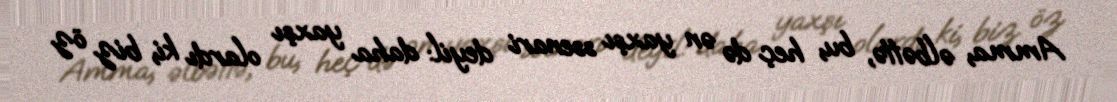
Amma, əlbəttə, bu, heç də ən yaxşı ssenari deyil: daha yaxşı olardı ki, biz öz